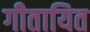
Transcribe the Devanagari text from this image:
गीतायित